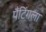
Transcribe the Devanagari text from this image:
पैंटिंगला